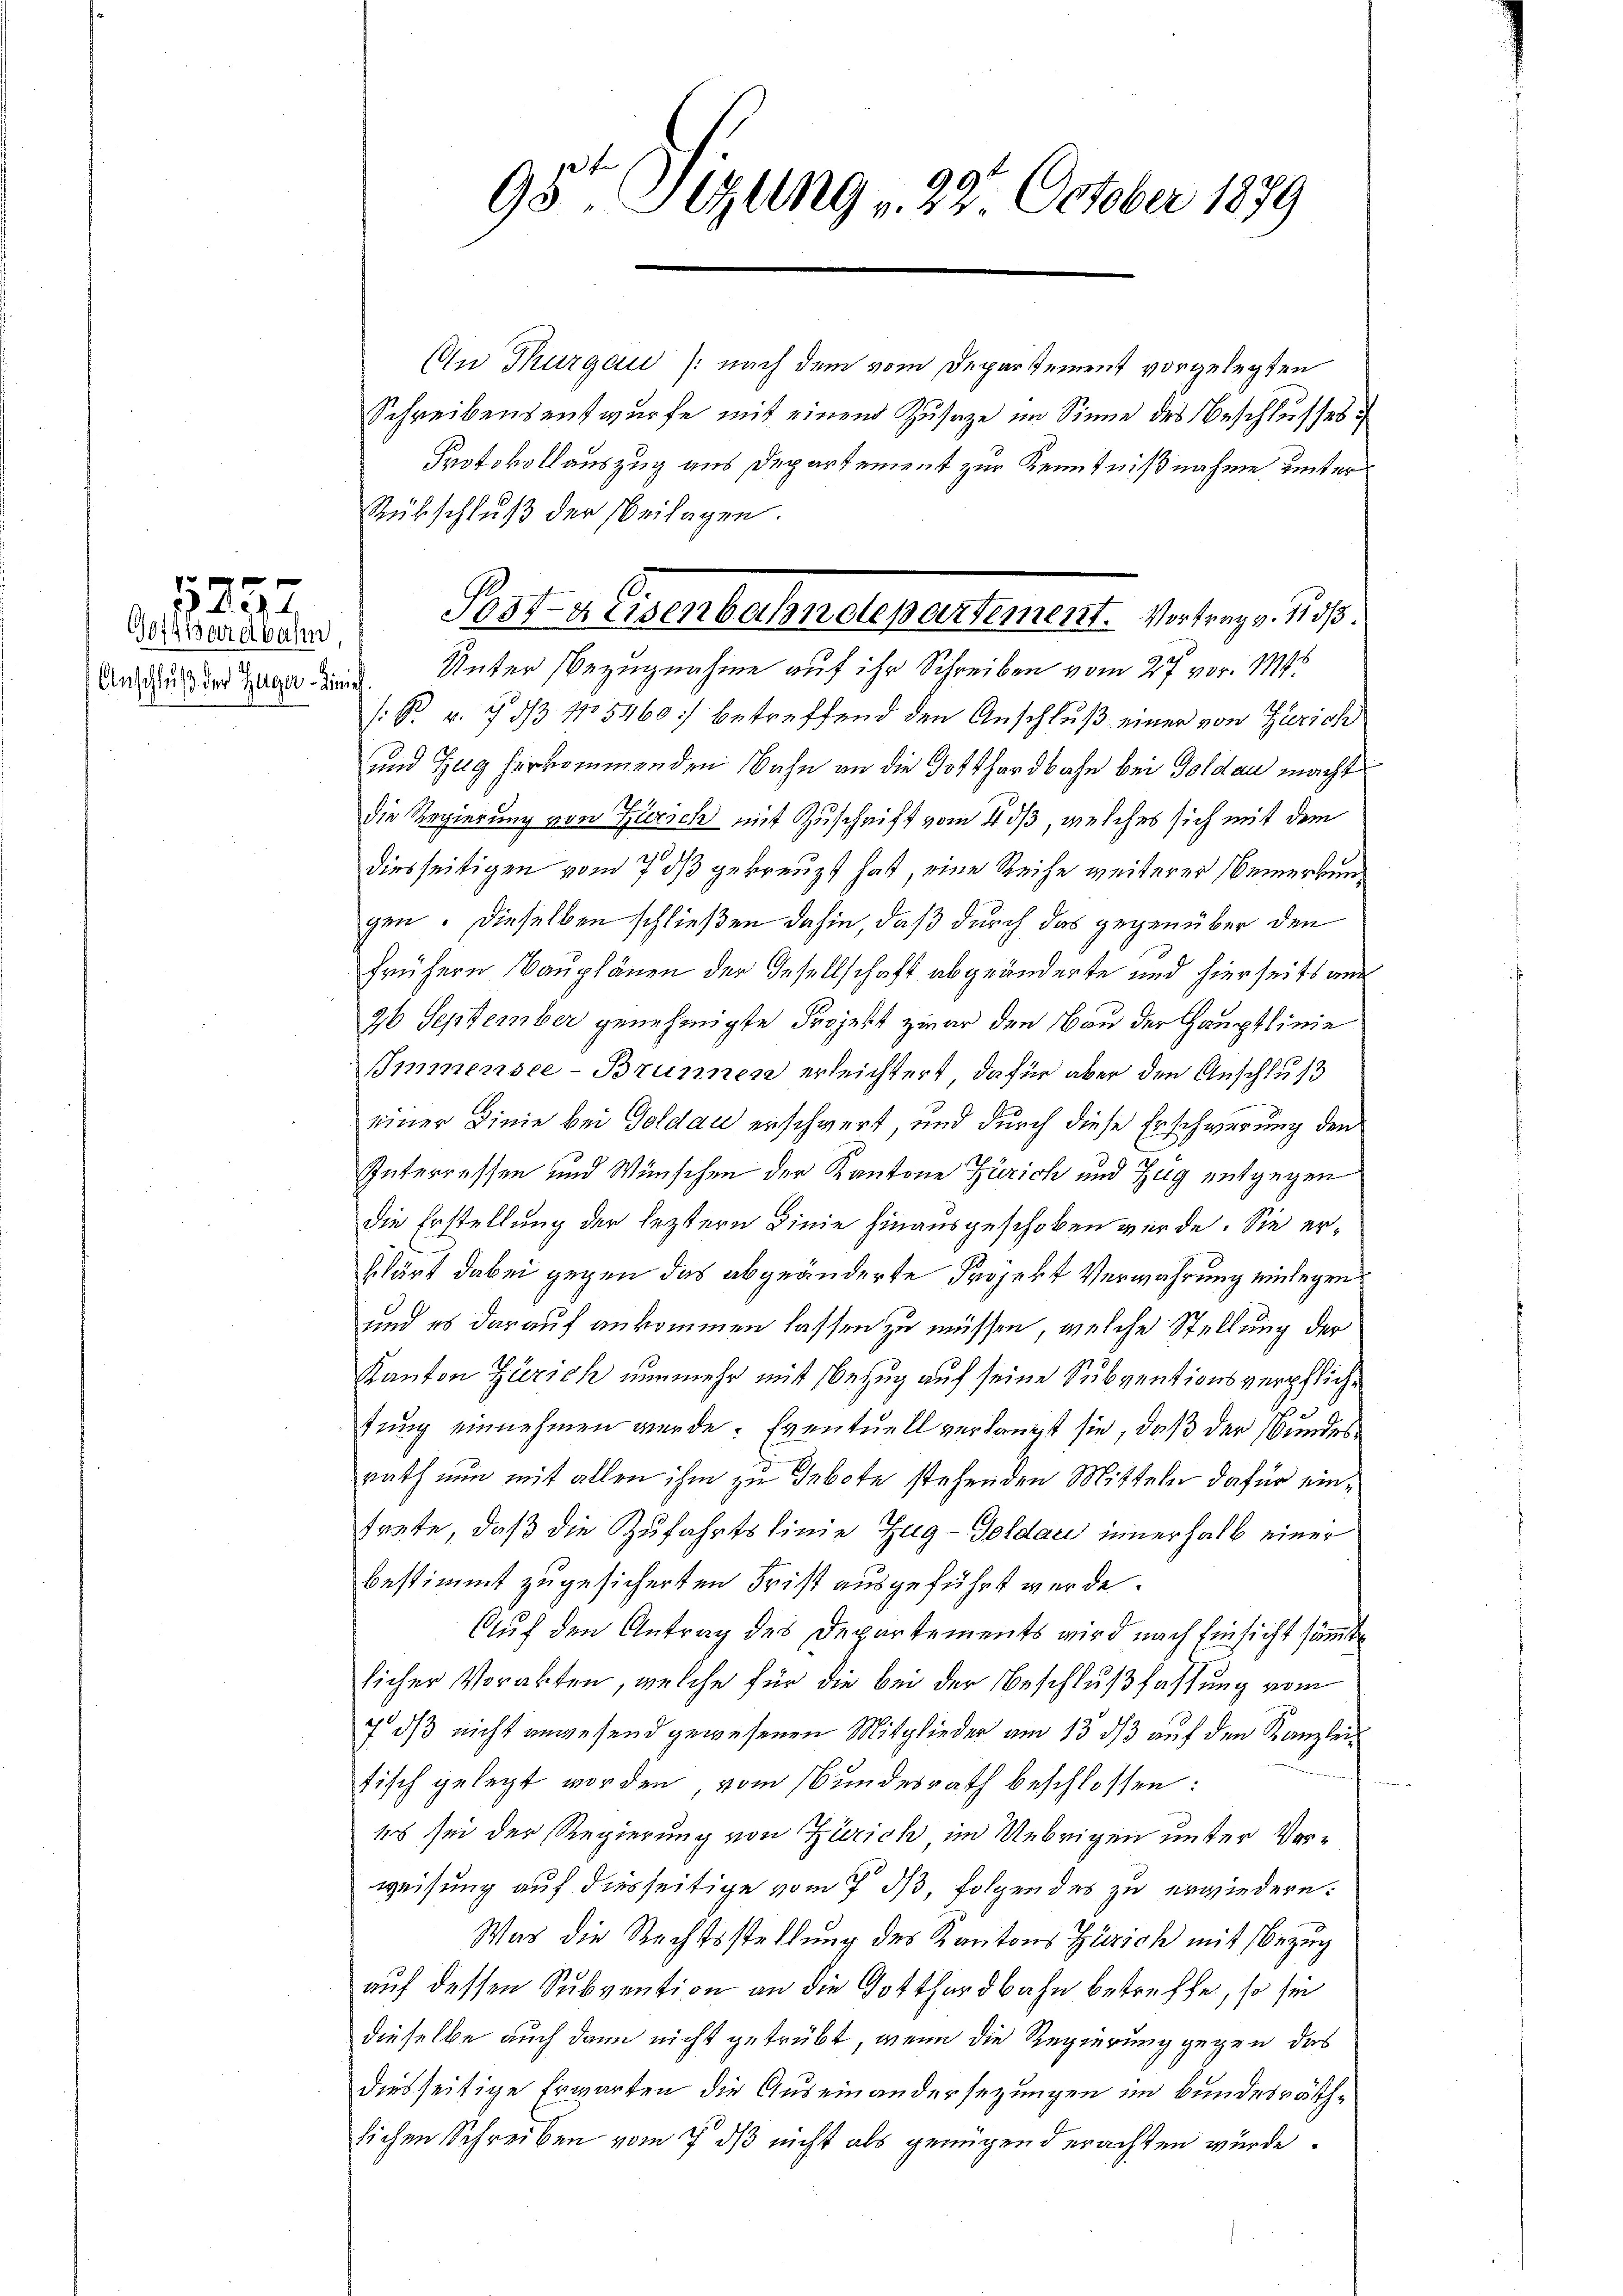
Gotthardbahn
Anschluß der Zuger Linie.

125

95ten Sizung 29. October 1879

In Thurgau (nach dem vom Departement vorgelegten
Schreibensentwurfe mit einem Zusatze im Sinne des Beschlusses
Protokollauszug aus Departement zur Kenntnißnahme unter
Rückschluß der Beilagen.
Unter Bezugnahme auf ihr Schreiben vom 27. vor. 185
R. v. 7 3/3 No 5460) betreffend den Anschluß einer von Zürich
und Zug herkommenden Bahn an die Gotthardbahn bei Goldau macht
die Regierung von Zürich mit Zuschrift vom 4 dß, welches sich mit dem
diesseitigen vom 7 dß gekreuzt hat, eine Reihe weiterer Bemerkung
gen. Dieselben schließen dahin, daß durch das gegenüber den
frühern Bauplänen der Gesellschaft abgeänderte und hierseits auc
26 September genehmigte Projekt zwar den Bau der Hauptlinie
Imnmensee-Brunnen erleichtert, dafür aber den Anschluß
einer Linie bei Goldau erschwert und durch diese Erschwerung den
Interressen und Wünschen der Kantone Zürich und Zug entgegen
die Erstellung der leztern Linie hinausgeschoben wurde. Sie erklärt dabei gegen das abgeänderte Projekt Verwahrung einlegen
und es darauf ankommen lassen zu müssen, welche Stellung der
Kanton Zürich nunmehr mit Bezug auf seine Subventionsverpfliche
tung einnehmen werde. Eventuell verlangt sie, daß der Bundes
rath nun mit allen ihm zu gebote stehenden Mitteln dafür einfaute, daß die Zufahrtslinie Zug-Goldau innerhalb einer
bestimmt zugesicherten Frist ausgeführt werde.
Auf den Antrag des Departements wird nach Einsicht sämmt
licher Vorakten, welche für die bei der Beschlußfassung vom
7 daß nicht anwesend gewesenen Mitglieder am 13. ds auf den Kanzleitisch gelegt worden vom Bunderrath beschlossen:
48 sei der Regierung von Zürich im Uebrigen unter Verweisung auf diesseitige vom 7. ds, folgendes zu erwiedern.
Was die Rechtsstellung des Kantons Zürich mit Bezug
auf dessen Subvention an die Gotthardbahn betreffe, so sei
dieselbe auch dann nicht getrübt, wenn die Regierung gegen das
diesseitige Erwarten die Auseinandersezungen im Bundesräthlichen Schreiben vom 7. ds nicht als genügend erachten würde.

Post-a Eisenbahnetepartement. Vortrag v. 11 d